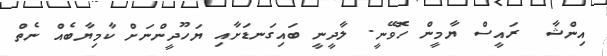
އިންޝާ  ރައީސް ޔާމީން ހޮވޭނީ. ލާދީނީ ބައިގަނޑަށާއި ޔަހޫދީންނަށް ކާމިޔާބެއް ނެތް